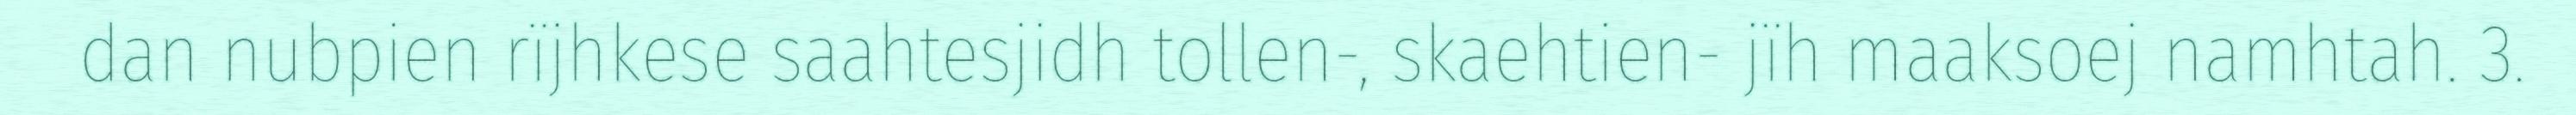
dan nubpien rïjhkese saahtesjidh tollen-, skaehtien- jïh maaksoej namhtah. 3.